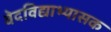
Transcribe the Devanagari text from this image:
वेदविद्याभ्यासक